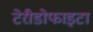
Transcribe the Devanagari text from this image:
टेरीडोफाइटा